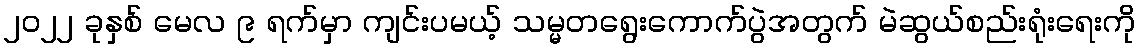
၂၀၂၂ ခုနှစ် မေလ ၉ ရက်မှာ ကျင်းပမယ့် သမ္မတရွေးကောက်ပွဲအတွက် မဲဆွယ်စည်းရုံးရေးကို